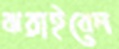
ঝরাইবেন